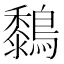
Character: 𪆜